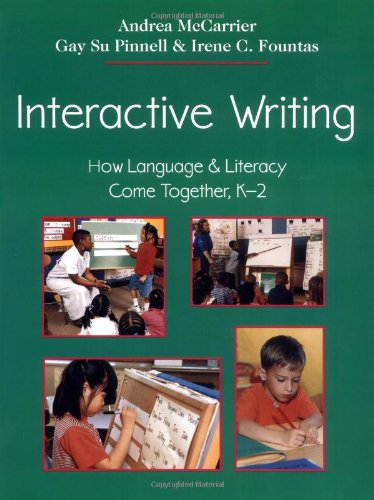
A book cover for Interactive Writing: How Language & Literacy Come Together, K-2; Andrea McCarrier; Reference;